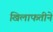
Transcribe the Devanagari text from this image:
खिलाफतीने